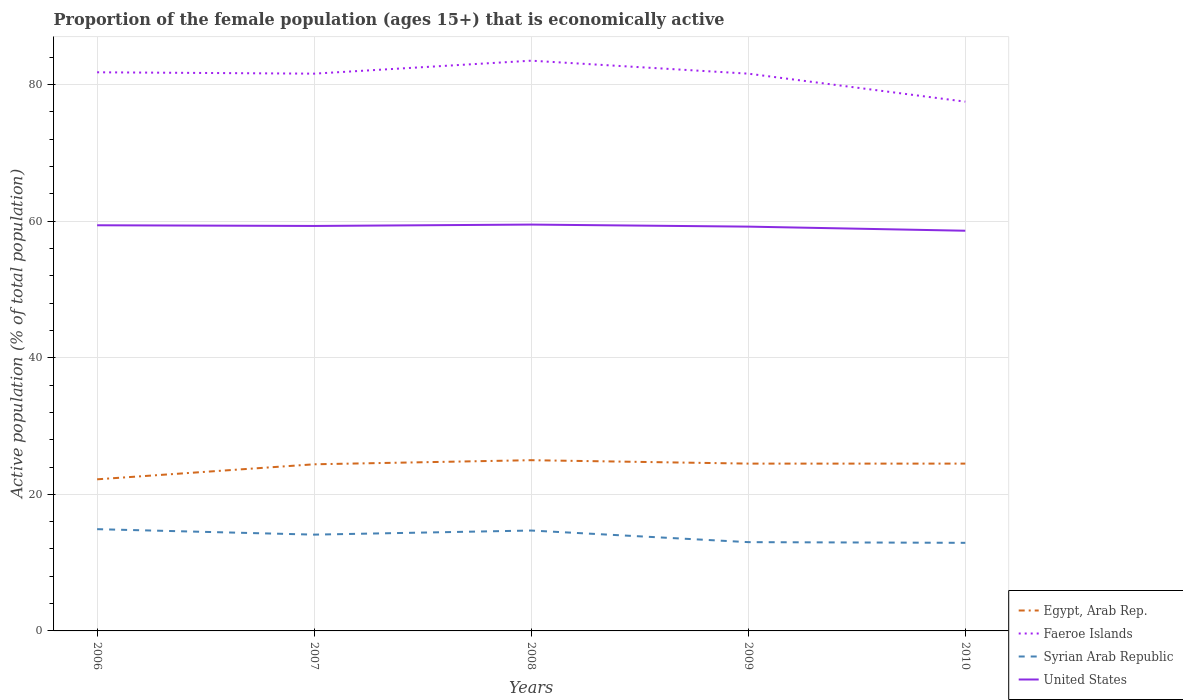
| Years | Egypt, Arab Rep. | Faeroe Islands | Syrian Arab Republic | United States |
 | --- | --- | --- | --- | --- |
 | 2006 | 22.2 | 81.8 | 14.9 | 59.4 |
 | 2007 | 24.4 | 81.6 | 14.1 | 59.3 |
 | 2008 | 25 | 83.5 | 14.7 | 59.5 |
 | 2009 | 24.5 | 81.6 | 13 | 59.2 |
 | 2010 | 24.5 | 77.5 | 12.9 | 58.6 |